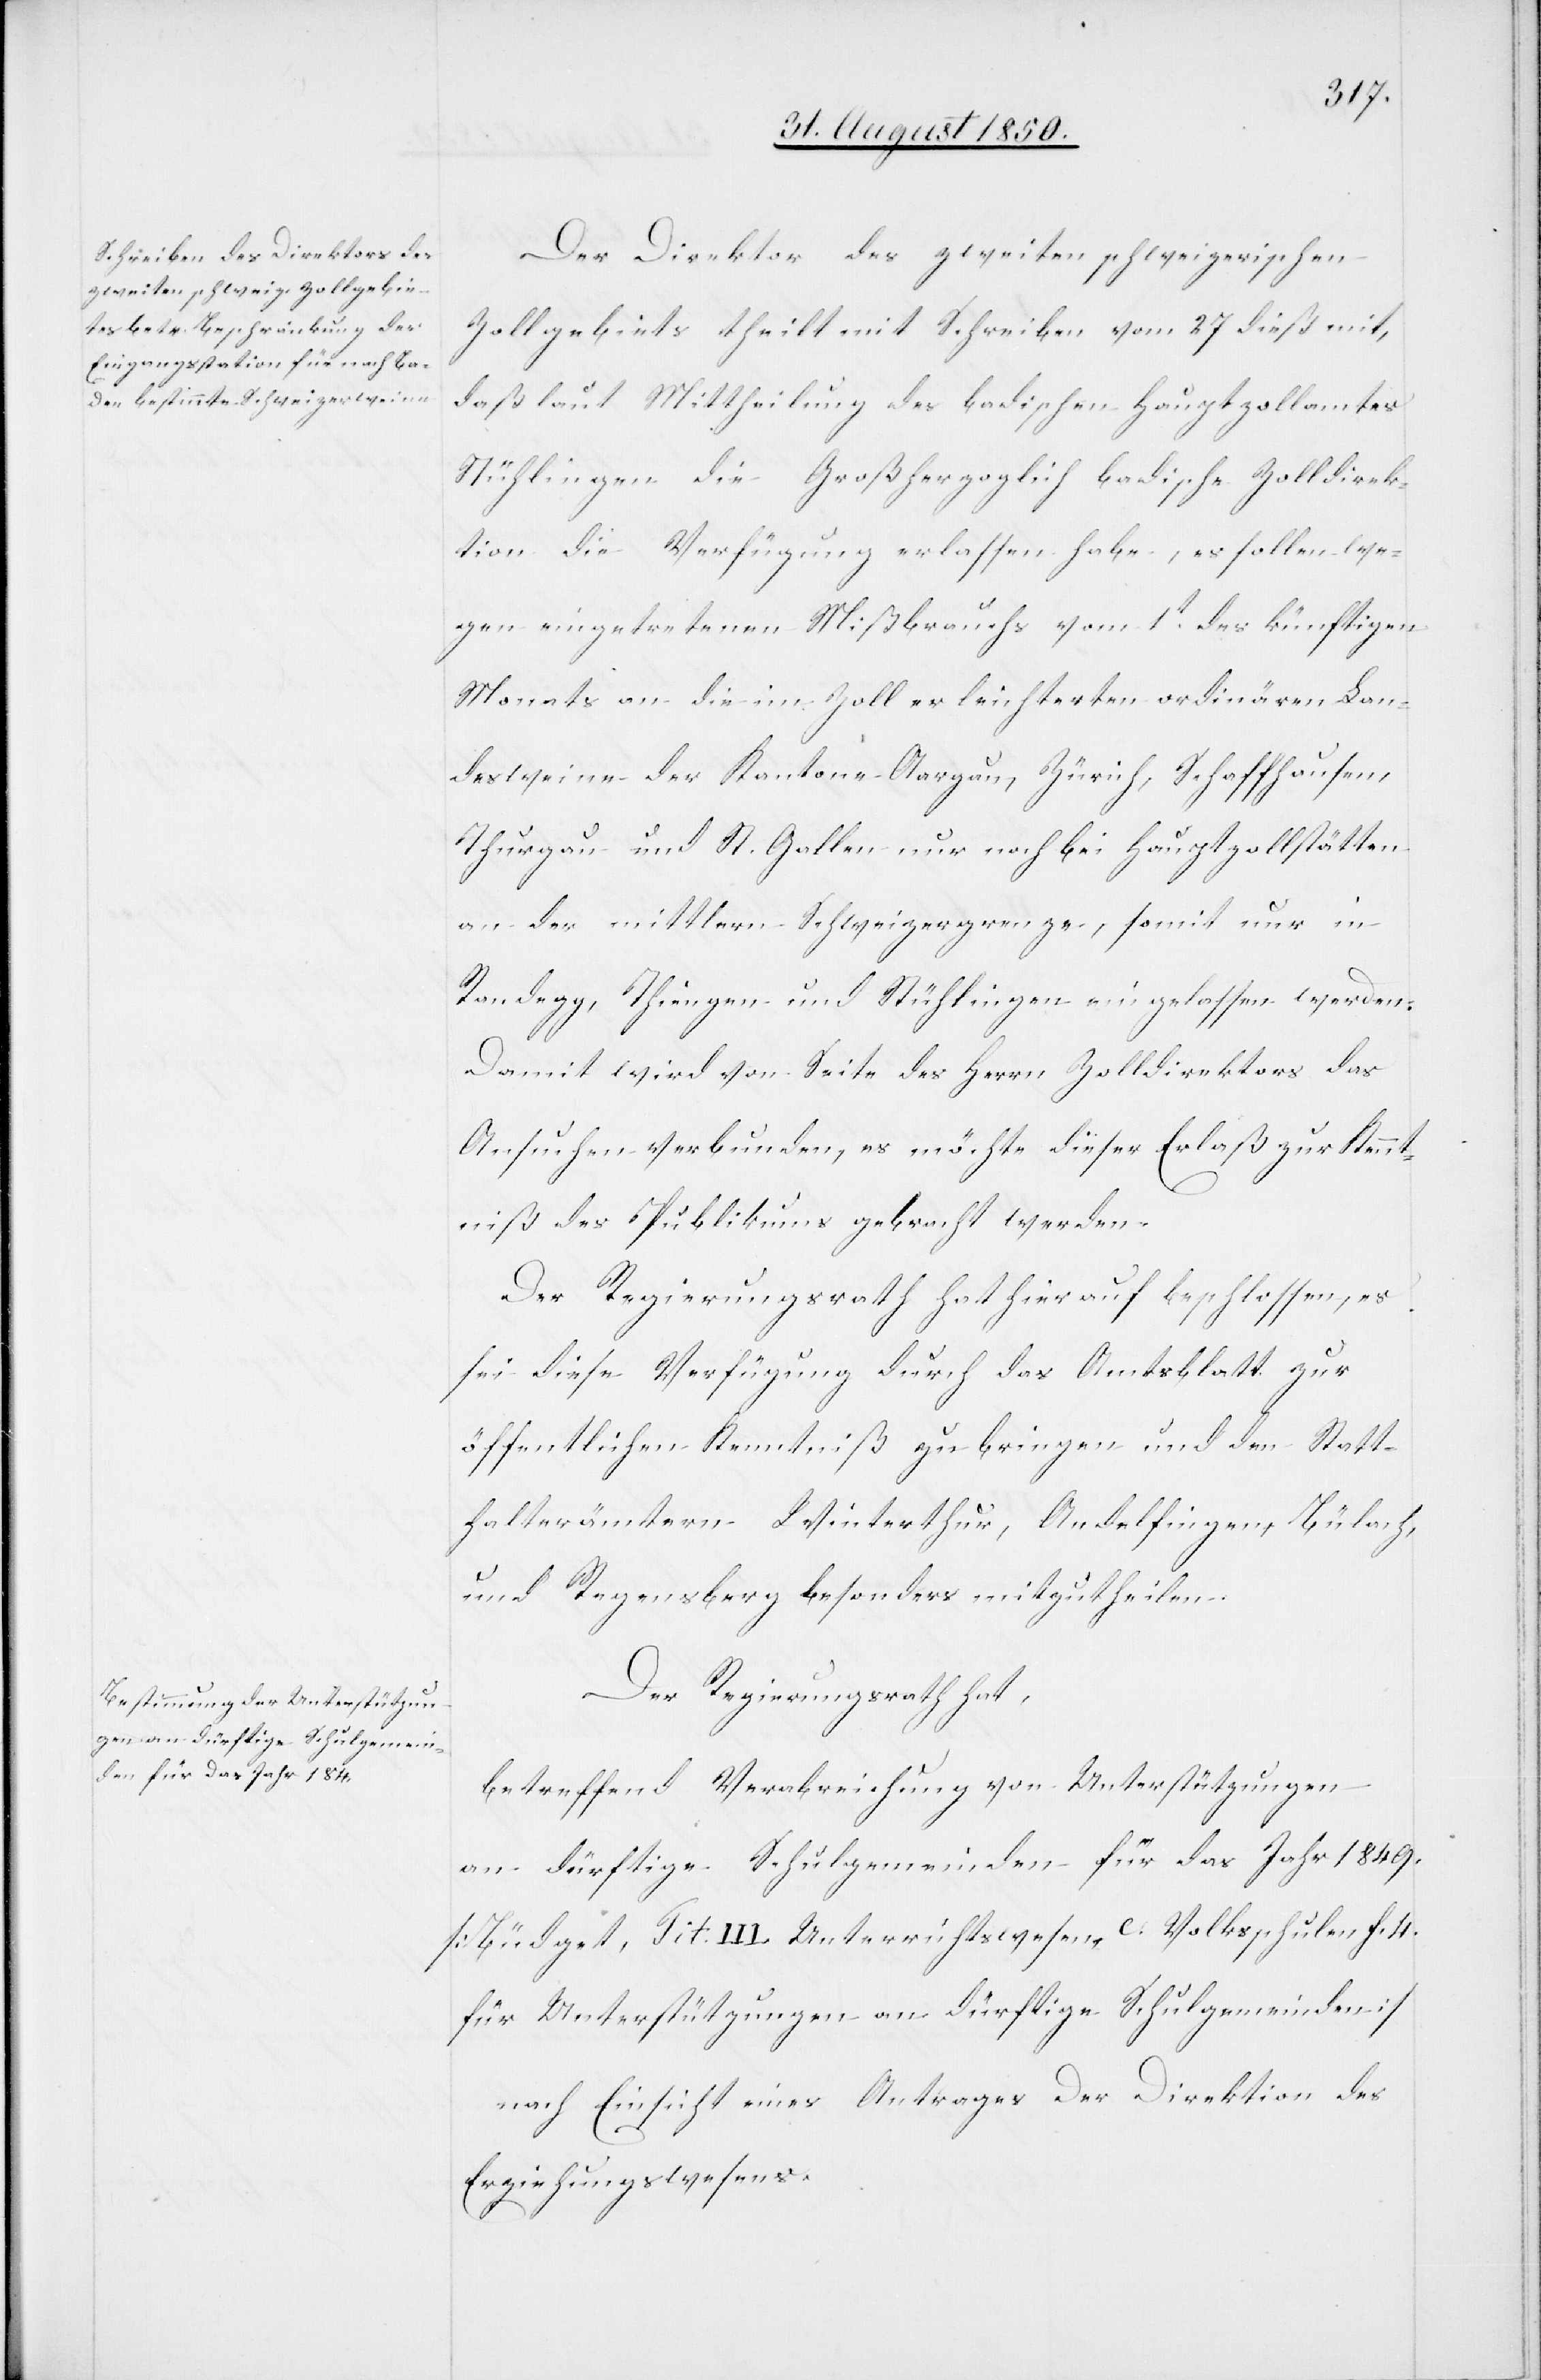
Der Direktor des zweiten schweizerischen
Zollgebiets theilt mit Schreiben vom 27 dieß mit,
daß laut Mittheilung des badischen Hauptzollamtes
Stühlingen die Großherzoglich badische Zolldirek¬
tion die Verfügung erlassen habe, es sollen we¬
gen eingetretenen Mißbrauchs vom 1t des künftigen
Monats an die im Zoll erleichterten ordinären Lan¬
desweine der Kantone Aargau, Zürich, Schaffhausen,
Thurgau und St. Gallen nur noch bei Hauptzollstätten
an der mittlern Schweizergrenze, somit nur in
Randegg, Thiengen und Stühlingen eingelassen werden.
Damit wird von Seite des Herrn Zolldirektors das
Ansuchen verbunden, es möchte dieser Erlaß zur Kennt¬
niß des Publikums gebracht werden.
Der Regierungsrath hat hierauf beschlossen, es
sei diese Verfügung durch das Amtsblatt zur
öffentlichen Kenntniß zu bringen und den Statt¬
halterämtern Winterthur, Andelfingen, Bülach,
und Regensberg besonders mitzutheilen.
Der Regierungsrath hat,
betreffend Verabreichung von Unterstützungen
an dürftige Schulgemeinden für das Jahr 1849.
[Büdget, Tit: III. Unterrichtswesen, c. Volksschulen f. 4.
für Unterstützungen an dürftige Schulgemeinden]
nach Einsicht eines Antrages Der Direktion des
Erziehungswesens.